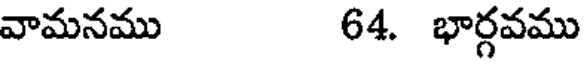
వామనము 64. భార్గవము